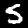
Label: 5